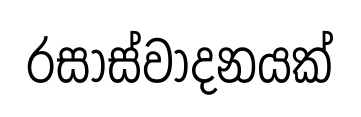
රසාස්වාදනයක්